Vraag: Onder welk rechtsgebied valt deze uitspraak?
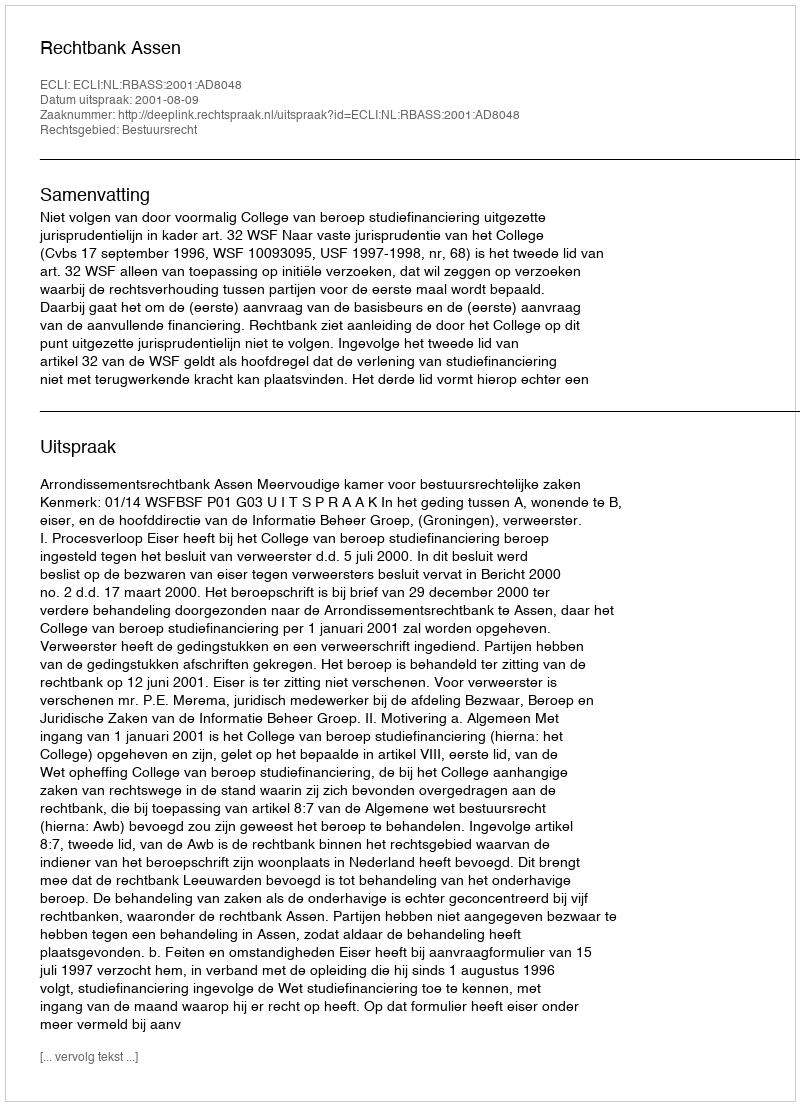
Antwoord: Bestuursrecht